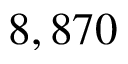
8 , 8 7 0